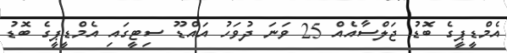
އެމްޑީޕީގެ ބޮޑު ޖަލްސާއެއް 25 ވަނަ ދުވަހު އައްޑޫ ސިޓީގައި އެމްޑީޕީގެ ބޮޑު